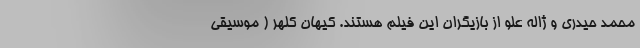
محمد حیدری و ژاله علو از بازیگران این فیلم هستند. کیهان کلهر ( موسیقی